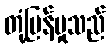
တုံ့ပြန်မှုသည်